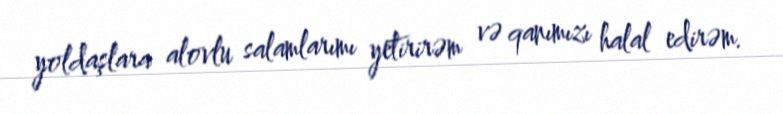
yoldaşlara alovlu salamlarımı yetirirəm və qanımızı halal edirəm.